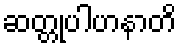
ဆတ္တုပါဟနာတိ